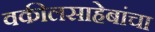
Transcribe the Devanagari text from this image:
वकीलसाहेबांचा